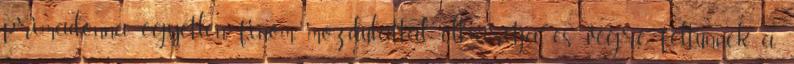
primadonna egyetlen finom mozdulattal elhárítja és végre feltűnnek a